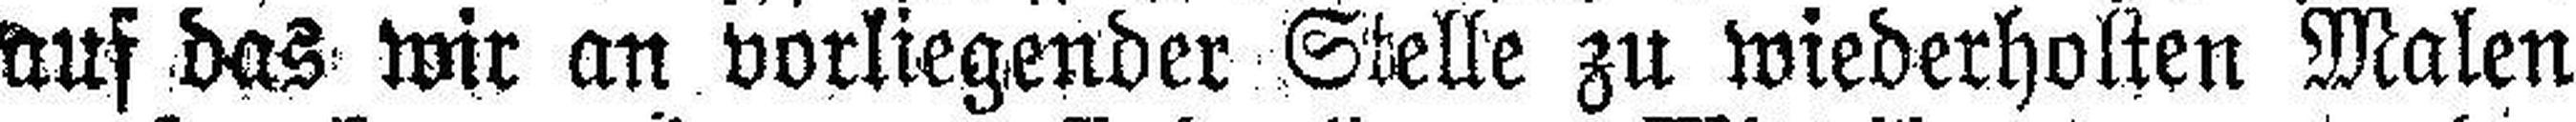
auf das wir an vorliegender Stelle zu wiederholten Malen